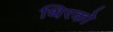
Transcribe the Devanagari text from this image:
थिरको